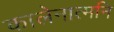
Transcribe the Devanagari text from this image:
कालेनात्मनि